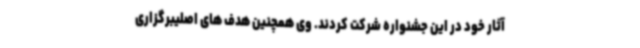
آثار خود در این جشنواره شرکت کردند. وی همچنین هدف های اصلیبرگزاری